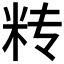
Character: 𰪫